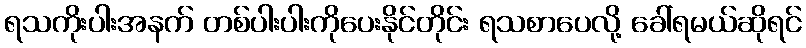
ရသကိုးပါးအနက် တစ်ပါးပါးကိုပေးနိုင်တိုင်း ရသစာပေလို့ ခေါ်ရမယ်ဆိုရင်